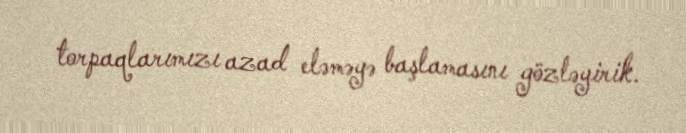
torpaqlarımızı azad eləməyə başlamasını gözləyirik.